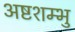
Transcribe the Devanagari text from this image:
अष्टशम्भु